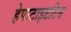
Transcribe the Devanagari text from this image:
हेपाटाइटटिस